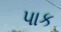
પાક